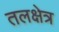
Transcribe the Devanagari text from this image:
तलक्षेत्र